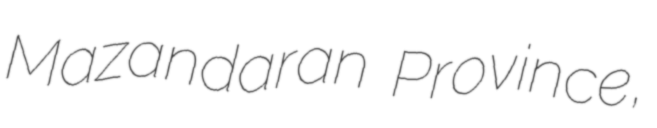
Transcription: Mazandaran Province,